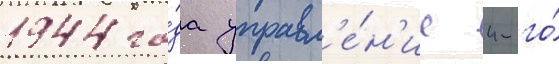
1944 го́да управл'е́н'ие 4-го́